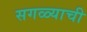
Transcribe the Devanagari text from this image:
सगळ्याची